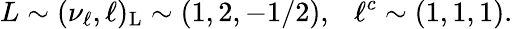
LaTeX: L\sim(\nu_{\ell},\ell)_{\mathrm{L}}\sim(1,2,-1/2),~~~\ell^{c}\sim(1,1,1).